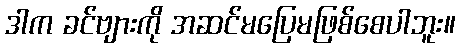
ဒါက ခင်ဗျားကို အဆင်မပြေမဖြစ်စေပါဘူး။